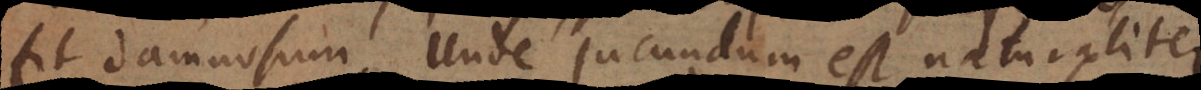
fit damnosum. Unde jucundum est naturaliter